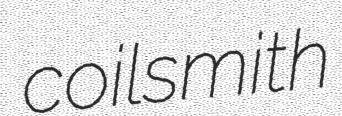
coilsmith